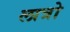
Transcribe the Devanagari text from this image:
लात्रो